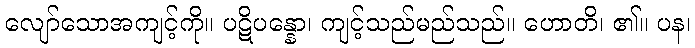
လျော်သောအကျင့်ကို။ ပဋိပန္နော၊ ကျင့်သည်မည်သည်။ ဟောတိ၊ ၏။ ပန၊